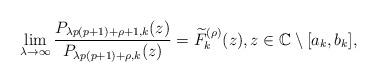
LaTeX: \begin{align*}\lim_{\lambda\rightarrow\infty}\frac{P_{\lambda p(p+1)+\rho+1,k}(z)}{P_{\lambda p(p+1)+\rho,k}(z)}=\widetilde{F}_{k}^{(\rho)}(z),z\in\mathbb{C}\setminus[a_{k},b_{k}],\end{align*}